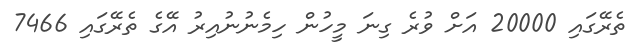
ތެރޭގައި 20000 އަށް ވުރެ ގިނަ މީހުން ހިމެނުނުއިރު އޭގެ ތެރޭގައި 7466